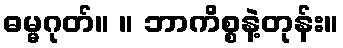
ဓမ္မဂုတ်။ ။ ဘာကိစ္စနဲ့တုန်း။